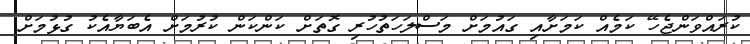
ކުރައްވަންޖެހޭ ކަމެއް ކަމަށާއި ގައުމަށް މަސްލަހަތުހުރި ގޮތަށް ކަންކަން ކުރުމަށް އެބަޔާއެކު ގުޅުމަށް